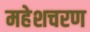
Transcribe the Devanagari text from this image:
महेशचरण